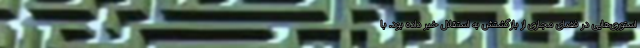
استوری‌هایی در فضای مجازی از بازگشتش به استقلال خبر داده بود. با